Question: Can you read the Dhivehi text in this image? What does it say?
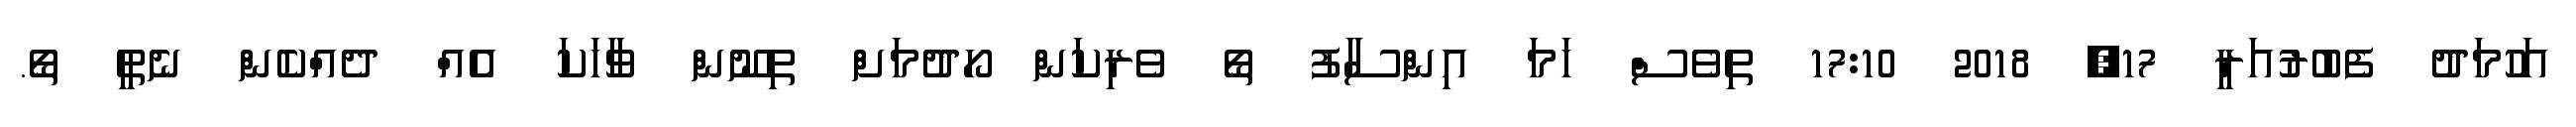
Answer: އަހުމަދު ފެބުރުއަރީ 17, 2018 17:10 ތިވެސް ހަމަ އިންސާފު ތޯ ވެރިކަން ހޯދުމަށް ތިނޫން ވާހަކަ އެއް ދެއްްކެން ނެތީ ތޯ.